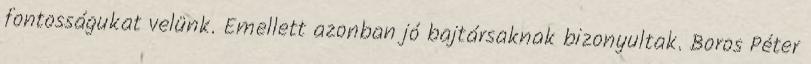
fontosságukat velünk. Emellett azonban jó bajtársaknak bizonyultak. Boros Péter